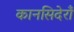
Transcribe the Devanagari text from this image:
कानसिदेराँ